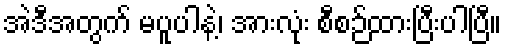
အဲဒီအတွက် မပူပါနဲ့၊ အားလုံး စီစဉ်ထားပြီးပါပြီ။